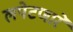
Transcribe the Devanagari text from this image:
लपेटणारे